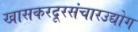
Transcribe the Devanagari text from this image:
खासकरदूरसंचारउद्योग